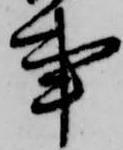
事